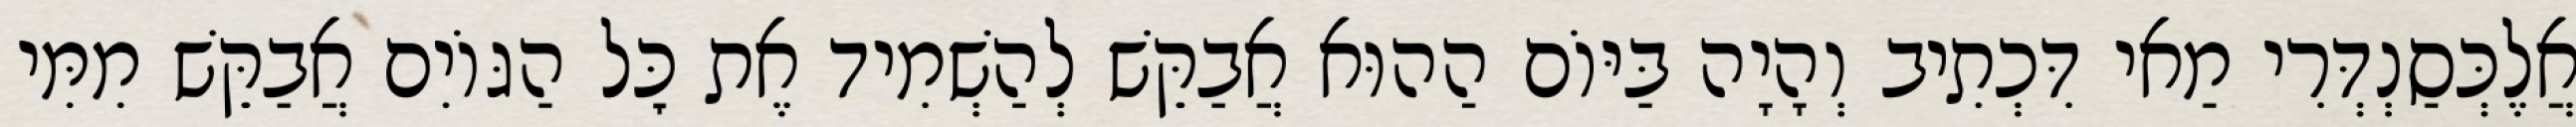
אֲלֶכְּסַנְדְּרִי מַאי דִּכְתִיב וְהָיָה בַּיּוֹם הַהוּא אֲבַקֵּשׁ לְהַשְׁמִיד אֶת כׇּל הַגּוֹיִם אֲבַקֵּשׁ מִמִּי